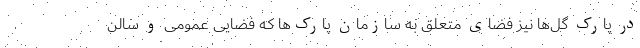
در پارک گل‌ها نیز فضای متعلق به سازمان پارک‌ها که فضایی عمومی و سالن